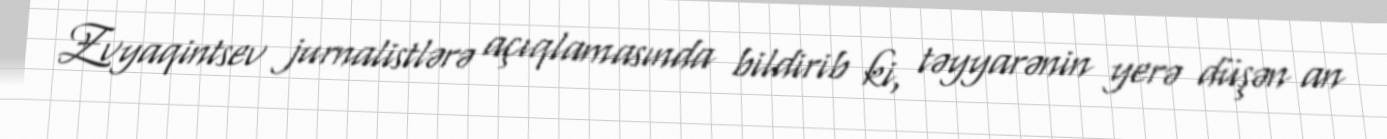
Zvyaqintsev jurnalistlərə açıqlamasında bildirib ki, təyyarənin yerə düşən an